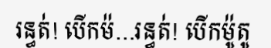
រន្ធត់! បើកម៉...រន្ធត់! បើកម៉ូតូ